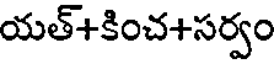
యత్+కించ+సర్వం